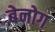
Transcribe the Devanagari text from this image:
बेनोग